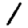
Digit: 1